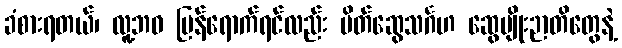
ခံစားရတယ်၊ လူ့ဘဝ ပြန်ရောက်ရင်လည်း မိတ်ဆွေသင်္ဂဟ ဆွေမျိုးဉာတိတွေနဲ့